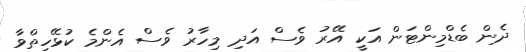
ދެން ބެޑްމިންޓަން އަކީ އޭރު ވެސް އަދި މިހާރު ވެސް އެންމެ ކުޅޭހިތްވާ